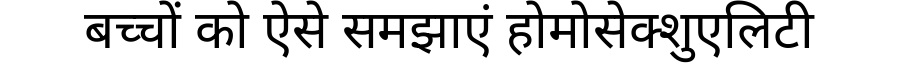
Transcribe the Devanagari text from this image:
बच्चों को ऐसे समझाएं होमोसेक्शुएलिटी